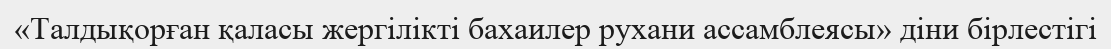
«Талдықорған қаласы жергілікті бахаилер рухани ассамблеясы» діни бірлестігі